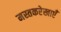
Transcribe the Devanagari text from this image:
मस्तकरेखाएँ